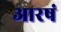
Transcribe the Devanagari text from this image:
आरषं